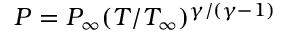
P = P _ { \infty } ( T / T _ { \infty } ) ^ { \gamma / ( \gamma - 1 ) }